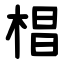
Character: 椙